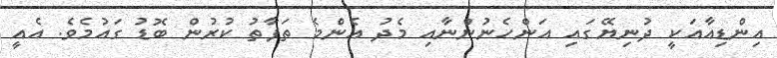
އިންޑިއާއަކީ ދުނިޔޭގައި އަންހެނުންނާއި މެދު އެންމެ ތަފާތު ކުރުން ބޮޑު ގައުމެވެ. އެއީ